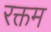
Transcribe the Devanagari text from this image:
रक्तम